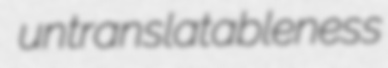
untranslatableness